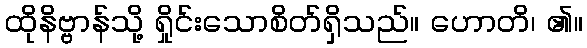
ထိုနိဗ္ဗာန်သို့ ရှိုင်းသောစိတ်ရှိသည်။ ဟောတိ၊ ၏။